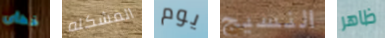
خطأى المشكله يوم النسيج ظاهر